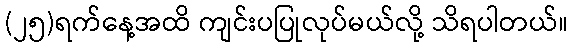
(၂၅)ရက်နေ့အထိ ကျင်းပပြုလုပ်မယ်လို့ သိရပါတယ်။